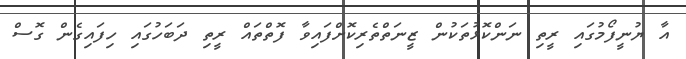
އާ ޔުނީފޯމުގައި ރީތި ނަންކޮޅުތަކުން ޒީނަތްތެރިކޮށްފައިވާ ފޮތްތައް ރީތި ދަބަހުގައި ހިފައިގެން ގޮސް